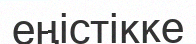
еңістікке